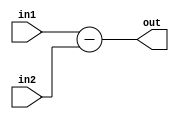
`timescale 1ns / 1ps
//////////////////////////////////////////////////////////////////////////////////
// Company: 
// Engineer: 
// 
// Design Name: 
// Module Name:    sub 
// Project Name: 
// Target Devices: 
// Tool versions: 
// Description: 
//
// Dependencies: 
//
// Revision: 
// Revision 0.01 - File Created
// Additional Comments: 
//
//////////////////////////////////////////////////////////////////////////////////
module SUB(out,in1,in2);
input[15:0] in1,in2;
output reg[15:0] out;
always @ (*)
out=in1-in2;
endmodule